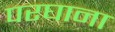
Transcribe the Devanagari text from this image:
परघाना